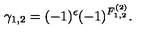
\gamma _ { 1 , 2 } = ( - 1 ) ^ { \epsilon } ( - 1 ) ^ { F _ { 1 , 2 } ^ { ( 2 ) } } .